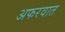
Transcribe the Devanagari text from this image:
अफरवात